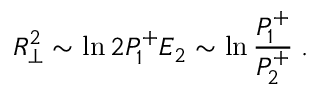
R _ { \perp } ^ { 2 } \sim \ln 2 P _ { 1 } ^ { + } E _ { 2 } \sim \ln { \frac { P _ { 1 } ^ { + } } { P _ { 2 } ^ { + } } } \; .